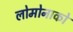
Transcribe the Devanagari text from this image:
लोमोनाको